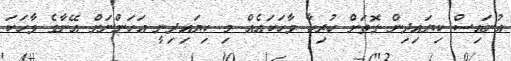
އުނައިސް ކިޔައިދިން ގޮތަށް ހުރިހާ ވާހަކައެއް މި ކިޔައިދިނީ އަހަންނަށް އޭނާގެ ވާހަކަ